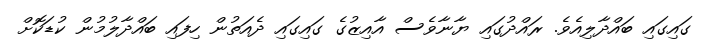
ގައިގައި ބައްދާލިއެވެ. ރައްދުގައި ޔާނާވެސް އާއިޒުގެ ގައިގައި ދެއަތުން ހިފައި ބައްދާލުމުން ކުޑަކޮށް